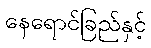
နေရောင်ခြည်နှင့်